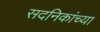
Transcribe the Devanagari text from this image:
सदनिकांच्या